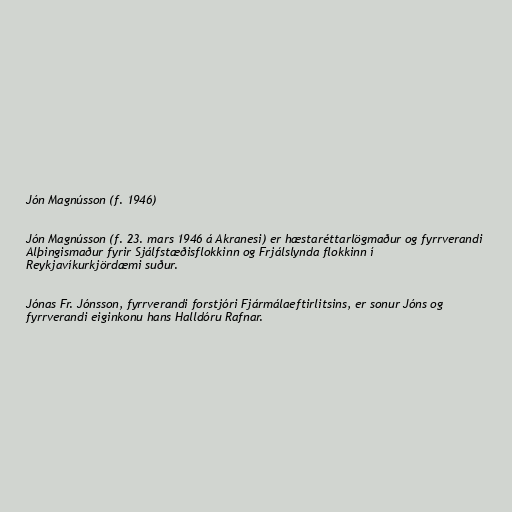
Jón Magnússon (f. 1946)

Jón Magnússon (f. 23. mars 1946 á Akranesi) er hæstaréttarlögmaður og fyrrverandi
Alþingismaður fyrir Sjálfstæðisflokkinn og Frjálslynda flokkinn í
Reykjavíkurkjördæmi suður.

Jónas Fr. Jónsson, fyrrverandi forstjóri Fjármálaeftirlitsins, er sonur Jóns og
fyrrverandi eiginkonu hans Halldóru Rafnar.